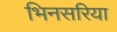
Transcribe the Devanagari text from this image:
भिनसरिया